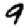
Digit: 9